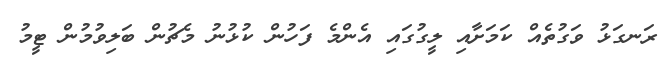
ރަނގަޅު ވަގުތެއް ކަމަށާއި ލީގުގައި އެންމެ ފަހުން ކުޅުނު މެޗުން ބަލިވުމުން ޓީމު